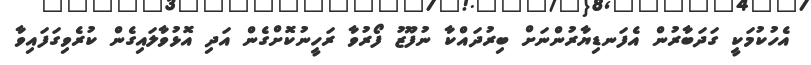
އެހުކުމަކީ ގަދަބާރުން އެފަނޑިޔާރުންނަށް ބިރުދައްކާ ނުފޫޒު ފޯރުވާ ރަހީނުކޮށްގެން އަދި އޮޅުވާލައިގެން ކުރެވިގަފައިވާ